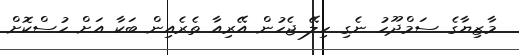
މާޒިޔާގެ ސަމްދޫހު ނެގި ހިލޭ ޖެހުން އޭރިއާ ތެރެއިން ބަކާ އަށް ހުސްކޮށް